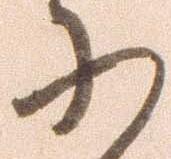
に